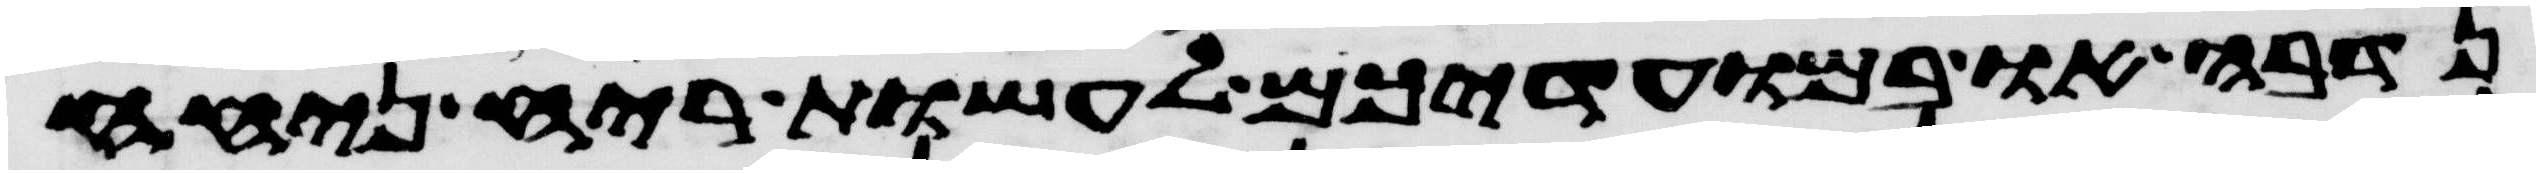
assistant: נדבה או במועדיכם לעשות ריח ניחח